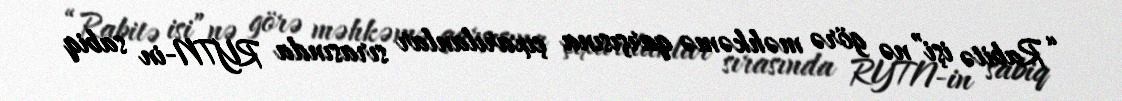
“Rabitə işi”nə görə məhkəmə qarşısına çıxarılanlar sırasında RYTN-in sabiq